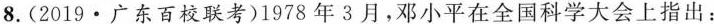
8.(2019•广东百校联考)1978年3月，邓小平在全国科学大会上指出：